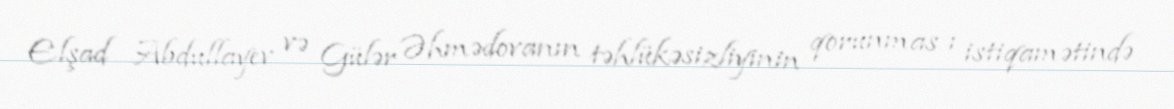
Elşad Abdullayev və Gülər Əhmədovanın təhlükəsizliyinin qorunmas ı istiqamətində